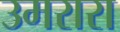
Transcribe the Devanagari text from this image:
उमरारा